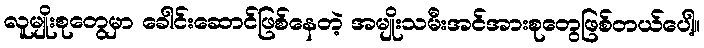
လူမျိုးစုတွေမှာ ခေါင်းဆောင်ဖြစ်နေတဲ့ အမျိုးသမီးအင်အားစုတွေဖြစ်တယ်ပေါ့။